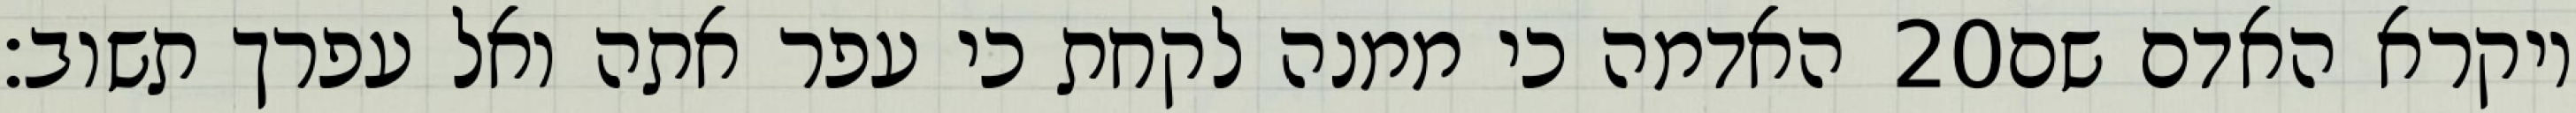
האדמה כי ממנה לקחת כי עפר אתה ואל עפרך תשוב׃ ‎20‏ ויקרא האדם שם